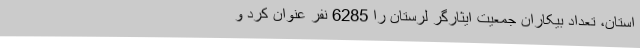
استان، تعداد بیکاران جمعیت ایثارگر لرستان را 6285 نفر عنوان کرد و